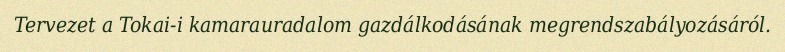
Tervezet a Tokai-i kamarauradalom gazdálkodásának megrendszabályozásáról.